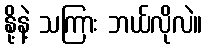
နို့နဲ့ သကြား ဘယ်လိုလဲ။